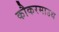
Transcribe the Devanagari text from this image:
कौकरमाउथ